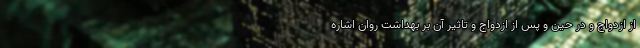
از ازدواج و در حین و پس از ازدواج و تاثیر آن بر بهداشت روان اشاره